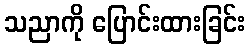
သညာကို ပြောင်းထားခြင်း